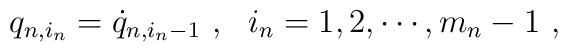
q_{n,i_n}=\dot{q}_{n,i_n-1}\ ,\ \ i_n=1,2,\cdots,m_n-1\ ,